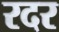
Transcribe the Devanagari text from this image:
रदर